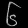
Digit: ၆